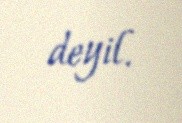
deyil.